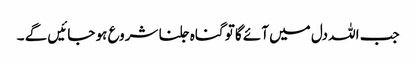
جب اللہ دل میں آئے گا تو گناہ جلنا شروع ہو جائیں گے ۔